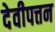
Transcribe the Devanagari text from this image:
देवीपत्तन